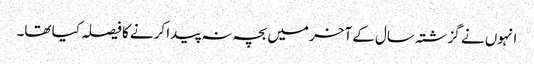
انہوں نے گزشتہ سال کے آخر میں بچہ نہ پیدا کرنے کا فیصلہ کیا تھا۔